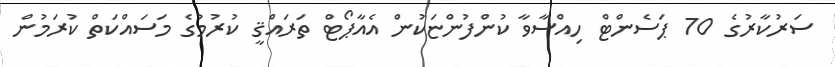
ސަރުކާރުގެ 70 ޕަސެންޓް ހިއްސާވާ ކުންފުންޏަކުން އެއާޕޯޓް ތަރައްޤީ ކުރުމުގެ މަސައްކަތް ކުރަމުން